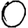
Digit: 0